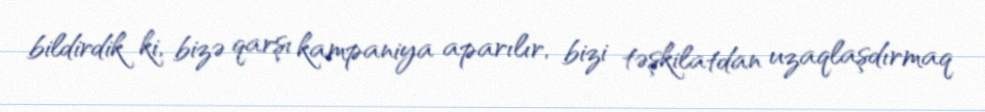
bildirdik ki, bizə qarşı kampaniya aparılır, bizi təşkilatdan uzaqlaşdırmaq